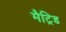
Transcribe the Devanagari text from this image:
मैट्रिड